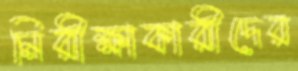
নিরীক্ষাকারীদের